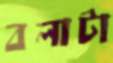
বলাটা